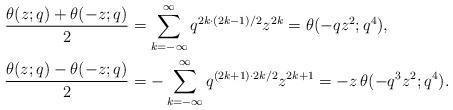
LaTeX: \begin{align*}\frac{\theta(z;q)+\theta(-z;q)}2&=\sum_{k=-\infty}^\infty q^{2k\cdot(2k-1)/2}z^{2k}=\theta(-q z^2;q^4), \\\frac{\theta(z;q)-\theta(-z;q)}2&=-\sum_{k=-\infty}^\infty q^{(2k+1)\cdot 2k/2}z^{2k+1}=-z\,\theta(-q^3z^2;q^4).\end{align*}